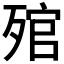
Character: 𣨭